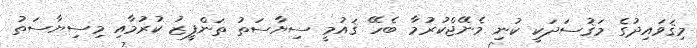
މިޤަވައިދުގެ މަޤުސަދަކީ ކުނި މެނޭޖްކުރުމާ ބެހޭ ޤައުމީ ސިޔާސަތު ތަންފީޒު ކުރުމާއި މިސިޔާސަތު